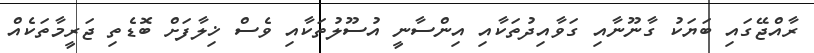
ރާއްޖޭގައި ބަޔަކު ގާނޫނާއި ގަވާއިދުތަކާއި އިންސާނީ އުސޫލުތަކާއި ވެސް ޚިލާފަށް ބޮޑެތި ޖަރީމާތަކެއް